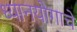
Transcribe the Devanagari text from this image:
ध्यानयोगाचे